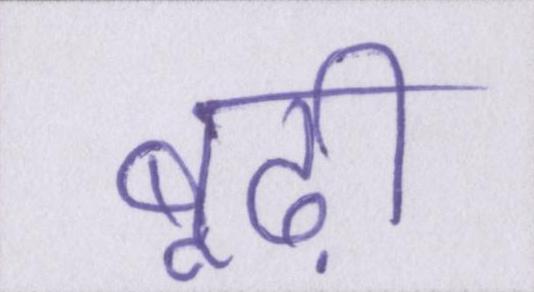
बूढ़ी